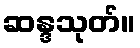
ဆန္ဒသုတ်။